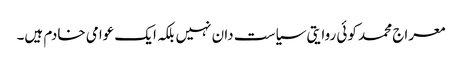
معراج محمد کوئی روایتی سیاست دان نہیں بلکہ ایک عوامی خادم ہیں۔